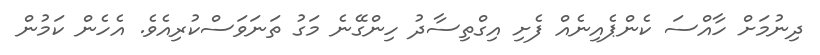
ދިނުމަށް ހާއްސަ ކެންޕެއިނެއް ފެށި އިގްތިސާދު ހިންގޭނެ މަގު ތަނަވަސްކުރިއެވެ. އެހެން ކަމުން